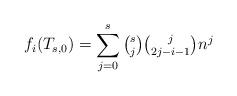
LaTeX: \begin{align*}f_i(T_{s,0}) = \sum_{j=0}^s \tbinom sj \tbinom j{2j-i-1} n^j\end{align*}